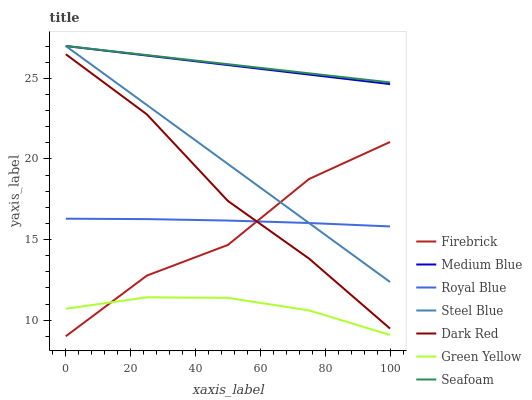
| xaxis_label | Firebrick | Medium Blue | Royal Blue | Steel Blue | Dark Red | Green Yellow | Seafoam |
 | --- | --- | --- | --- | --- | --- | --- | --- |
 | 0 | 9 | 27 | 16.3 | 27 | 26.5 | 10.7 | 27 |
 | 25 | 12.8 | 26.4 | 16.3 | 23.3 | 22.8 | 11.4 | 26.4 |
 | 50 | 14.7 | 25.8 | 16.2 | 19.7 | 17.4 | 11.4 | 25.9 |
 | 75 | 18.8 | 25.2 | 16 | 16 | 13.8 | 10.6 | 25.3 |
 | 100 | 21 | 24.6 | 15.8 | 12.4 | 9.47 | 9.08 | 24.7 |